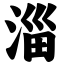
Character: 淄